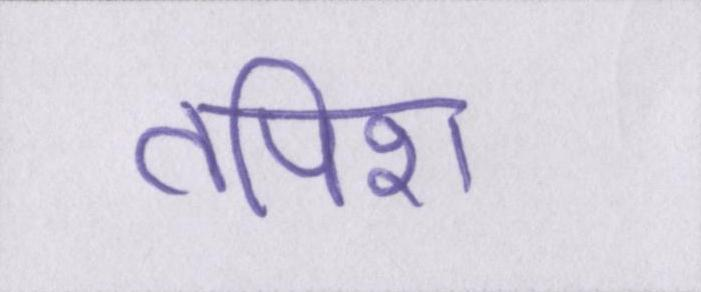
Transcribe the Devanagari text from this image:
तपिश